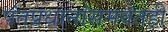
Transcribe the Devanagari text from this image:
पंतप्रधानांसमवेतही